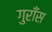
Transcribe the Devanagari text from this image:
गुराँस